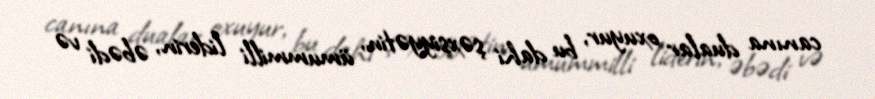
canına dualar oxuyur, bu dahi şəxsiyyətin, ümummilli liderin, əbədi və